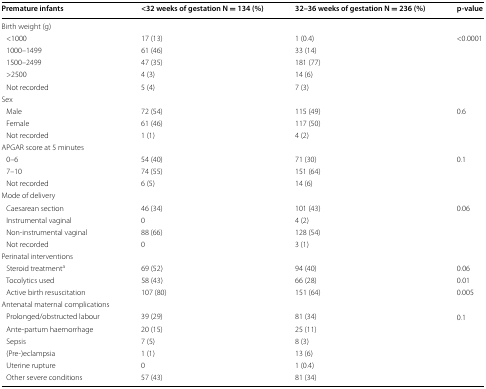
<table><thead><tr><td><b>Premature infants</b></td><td><b>&lt;32 weeks of gestation N = 134 (%)</b></td><td><b>32–36 weeks of gestation N = 236 (%)</b></td><td><b>p-value</b></td></tr></thead><tbody><tr><td>Birth weight (g)</td><td></td><td></td><td></td></tr><tr><td> &lt;1000</td><td>17 (13)</td><td>1 (0.4)</td><td rowspan="5">&lt;0.0001</td></tr><tr><td> 1000–1499</td><td>61 (46)</td><td>33 (14)</td></tr><tr><td> 1500–2499</td><td>47 (35)</td><td>181 (77)</td></tr><tr><td> &gt;2500</td><td>4 (3)</td><td>14 (6)</td></tr><tr><td> Not recorded</td><td>5 (4)</td><td>7 (3)</td></tr><tr><td>Sex</td><td></td><td></td><td></td></tr><tr><td> Male</td><td>72 (54)</td><td>115 (49)</td><td rowspan="3">0.6</td></tr><tr><td> Female</td><td>61 (46)</td><td>117 (50)</td></tr><tr><td> Not recorded</td><td>1 (1)</td><td>4 (2)</td></tr><tr><td>APGAR score at 5 minutes</td><td></td><td></td><td></td></tr><tr><td> 0–6</td><td>54 (40)</td><td>71 (30)</td><td rowspan="3">0.1</td></tr><tr><td> 7–10</td><td>74 (55)</td><td>151 (64)</td></tr><tr><td> Not recorded</td><td>6 (5)</td><td>14 (6)</td></tr><tr><td>Mode of delivery</td><td></td><td></td><td></td></tr><tr><td> Caesarean section</td><td>46 (34)</td><td>101 (43)</td><td rowspan="4">0.06</td></tr><tr><td> Instrumental vaginal</td><td>0</td><td>4 (2)</td></tr><tr><td> Non-instrumental vaginal</td><td>88 (66)</td><td>128 (54)</td></tr><tr><td> Not recorded</td><td>0</td><td>3 (1)</td></tr><tr><td>Perinatal interventions</td><td></td><td></td><td></td></tr><tr><td> Steroid treatment<sup>a</sup></td><td>69 (52)</td><td>94 (40)</td><td>0.06</td></tr><tr><td> Tocolytics used</td><td>58 (43)</td><td>66 (28)</td><td>0.01</td></tr><tr><td> Active birth resuscitation</td><td>107 (80)</td><td>151 (64)</td><td>0.005</td></tr><tr><td>Antenatal maternal complications</td><td></td><td></td><td></td></tr><tr><td> Prolonged/obstructed labour</td><td>39 (29)</td><td>81 (34)</td><td rowspan="6">0.1</td></tr><tr><td> Ante-partum haemorrhage</td><td>20 (15)</td><td>25 (11)</td></tr><tr><td> Sepsis</td><td>7 (5)</td><td>8 (3)</td></tr><tr><td> (Pre-)eclampsia</td><td>1 (1)</td><td>13 (6)</td></tr><tr><td> Uterine rupture</td><td>0</td><td>1 (0.4)</td></tr><tr><td> Other severe conditions</td><td>57 (43)</td><td>81 (34)</td></tr></tbody></table>